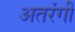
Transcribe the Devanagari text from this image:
अतरंगी